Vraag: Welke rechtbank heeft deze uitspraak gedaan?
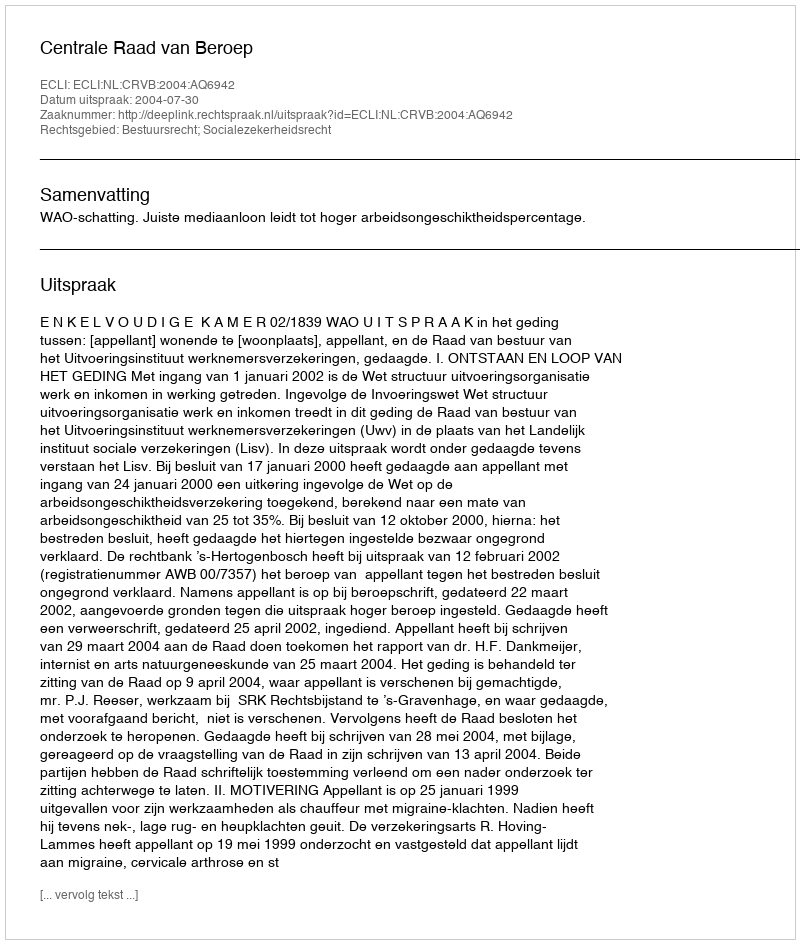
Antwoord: Centrale Raad van Beroep